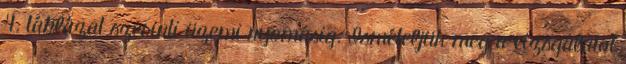
4. táblázat szerinti üzemi nyomásig. Ismételjük meg a vizsgálatot